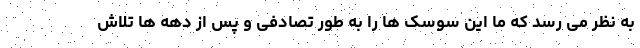
به نظر می رسد که ما این سوسک ها را به طور تصادفی و پس از دهه ها تلاش